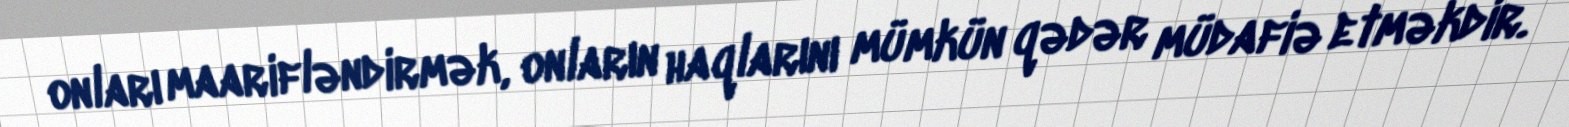
onları maarifləndirmək, onların haqlarını mümkün qədər müdafiə etməkdir.